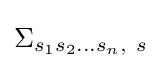
\Sigma _{s_{1}s_{2}...s_{n},~s}